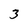
Character: 3